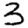
Digit: 3